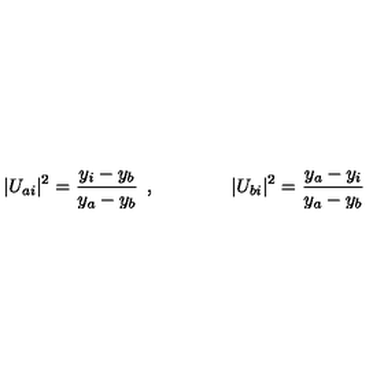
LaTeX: \vert U _ { a i } \vert ^ { 2 } = \frac { y _ { i } - y _ { b } } { y _ { a } - y _ { b } } \: \: , \qquad \qquad \vert U _ { b i } \vert ^ { 2 } = \frac { y _ { a } - y _ { i } } { y _ { a } - y _ { b } }